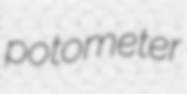
potometer